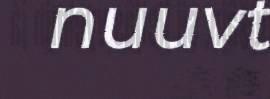
nuuvt